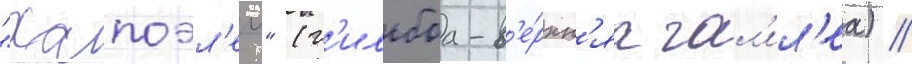
"хапоэл'ем" (г'ильбоа-в'е́рхн'яа гал'ил'еа) //